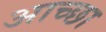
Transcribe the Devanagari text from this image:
आच्छा